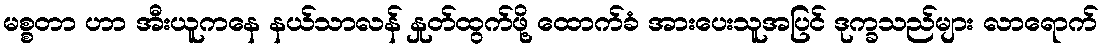
မစ္စတာ ဟာ အီးယူကနေ နယ်သာလန် နှုတ်ထွက်ဖို့ ထောက်ခံ အားပေးသူအပြင် ဒုက္ခသည်များ လာရောက်